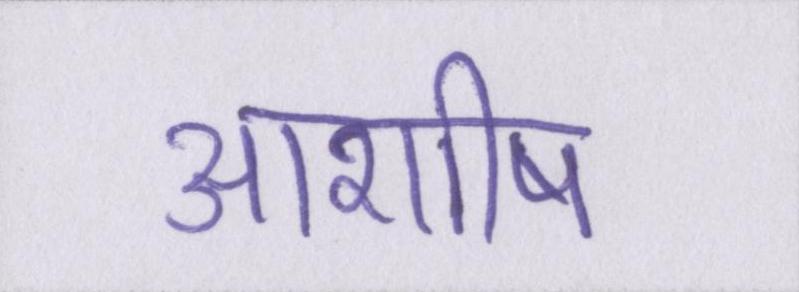
आशीष